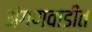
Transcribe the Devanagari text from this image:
अंगणवाडीत